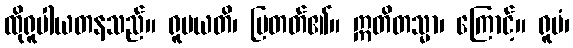
ထိုရူပါယတနသည်။ ရူပယတိ၊ ပြတတ်၏။ ဣတိတသ္မာ၊ ကြောင့်။ ရူပံ၊